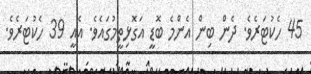
45 ހެކުޓަރެވެ. ދެން ބިން އެންމެ ބޮޑީ އަގޮޅިތީމުގައެވެ. އެއީ 39 ހެކުޓަރެވެ.